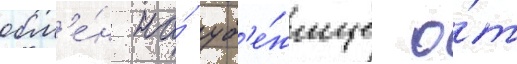
обм'е́н на́ уб'е́жище о́т